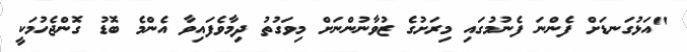
"އަޅުގަނޑަށް ފެންނަ ފެނުމުގައި މިރަށުގެ ޒުވާނުންނަށް މިވަގުތު ދިމާވެފައިވާ އެންމެ ބޮޑު ގޮންޖެހުމަކީ